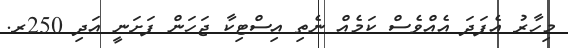
މިހާރު އެފަދަ އެއްވެސް ކަމެއް ނެތި އިސްޓިކާ ޖަހަން ފަށަނީ އަދި 250ރ.